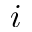
i